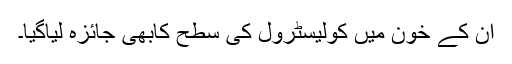
ان کے خون میں کولیسٹرول کی سطح کابھی جائزہ لیاگیا۔